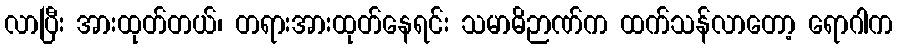
လာပြီး အားထုတ်တယ်၊ တရားအားထုတ်နေရင်း သမာဓိဉာဏ်က ထက်သန်လာတော့ ရောဂါက